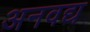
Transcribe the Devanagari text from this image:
अनवद्य